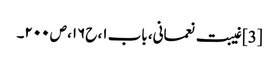
[3] غیبت نعمانی، باب ۱، ح۱۶، ص ۲۰۰۔